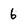
Character: 6